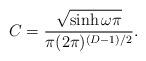
LaTeX: \begin{align*}C=\frac{\sqrt{\sinh \omega \pi }}{\pi (2\pi )^{(D-1)/2}}. \end{align*}